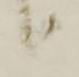
候